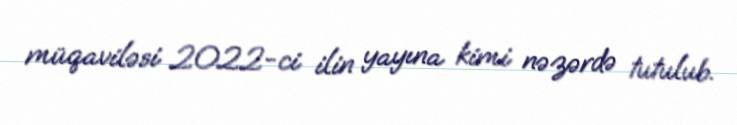
müqaviləsi 2022-ci ilin yayına kimi nəzərdə tutulub.